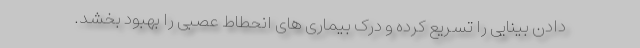
دادن بینایی را تسریع کرده و درک بیماری های انحطاط عصبی را بهبود بخشد.